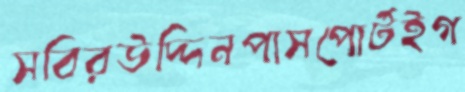
সবিরউদ্দিনপাসপোর্টইগ